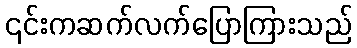
၎င်းကဆက်လက်ပြောကြားသည်